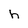
Character: h